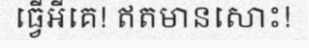
ធ្វើអីគេ! ឥតមានសោះ!